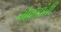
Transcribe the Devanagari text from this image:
बोकडांची